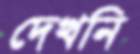
দেখনি